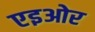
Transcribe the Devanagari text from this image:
एइओर